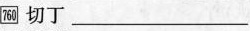
\boxed{760} 切丁 ___